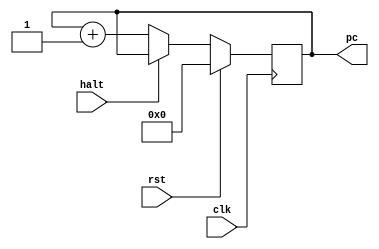
module pc(
	input wire clk,
	input wire rst,
	input wire halt,
	output reg [7:0] pc
);

always @(posedge clk) begin
    if(rst)
        pc <= 0;
    else if(halt)
        pc <= pc;
    else 
        pc <= pc + 1;
end

endmodule